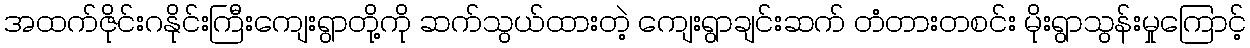
အထက်ဇိုင်းဂနိုင်းကြီးကျေးရွာတို့ကို ဆက်သွယ်ထားတဲ့ ကျေးရွာချင်းဆက် တံတားတစင်း မိုးရွာသွန်းမှုကြောင့်